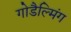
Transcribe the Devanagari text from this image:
गोडैल्मिंग